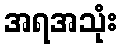
အရအသုံး